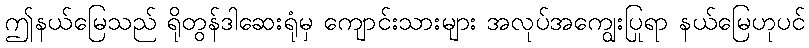
ဤနယ်မြေသည် ရိုတွန်ဒါဆေးရုံမှ ကျောင်းသားများ အလုပ်အကျွေးပြုရာ နယ်မြေဟုပင်